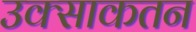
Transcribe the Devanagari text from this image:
उक्साकतन